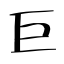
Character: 巨